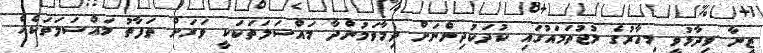
ޒީނާ ވިދާޅުވީ މިހާރުގެ މުޖުތަމައުގައި ކުދަކުދިންނަށް ދިމާވަމުންދާ މައްސަލަތަކަކީ ވަރަށް ތަފާތު މައްސަލަތަކެއް